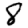
Digit: 8